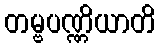
တမ္ဗပဏ္ဏိယာတိ